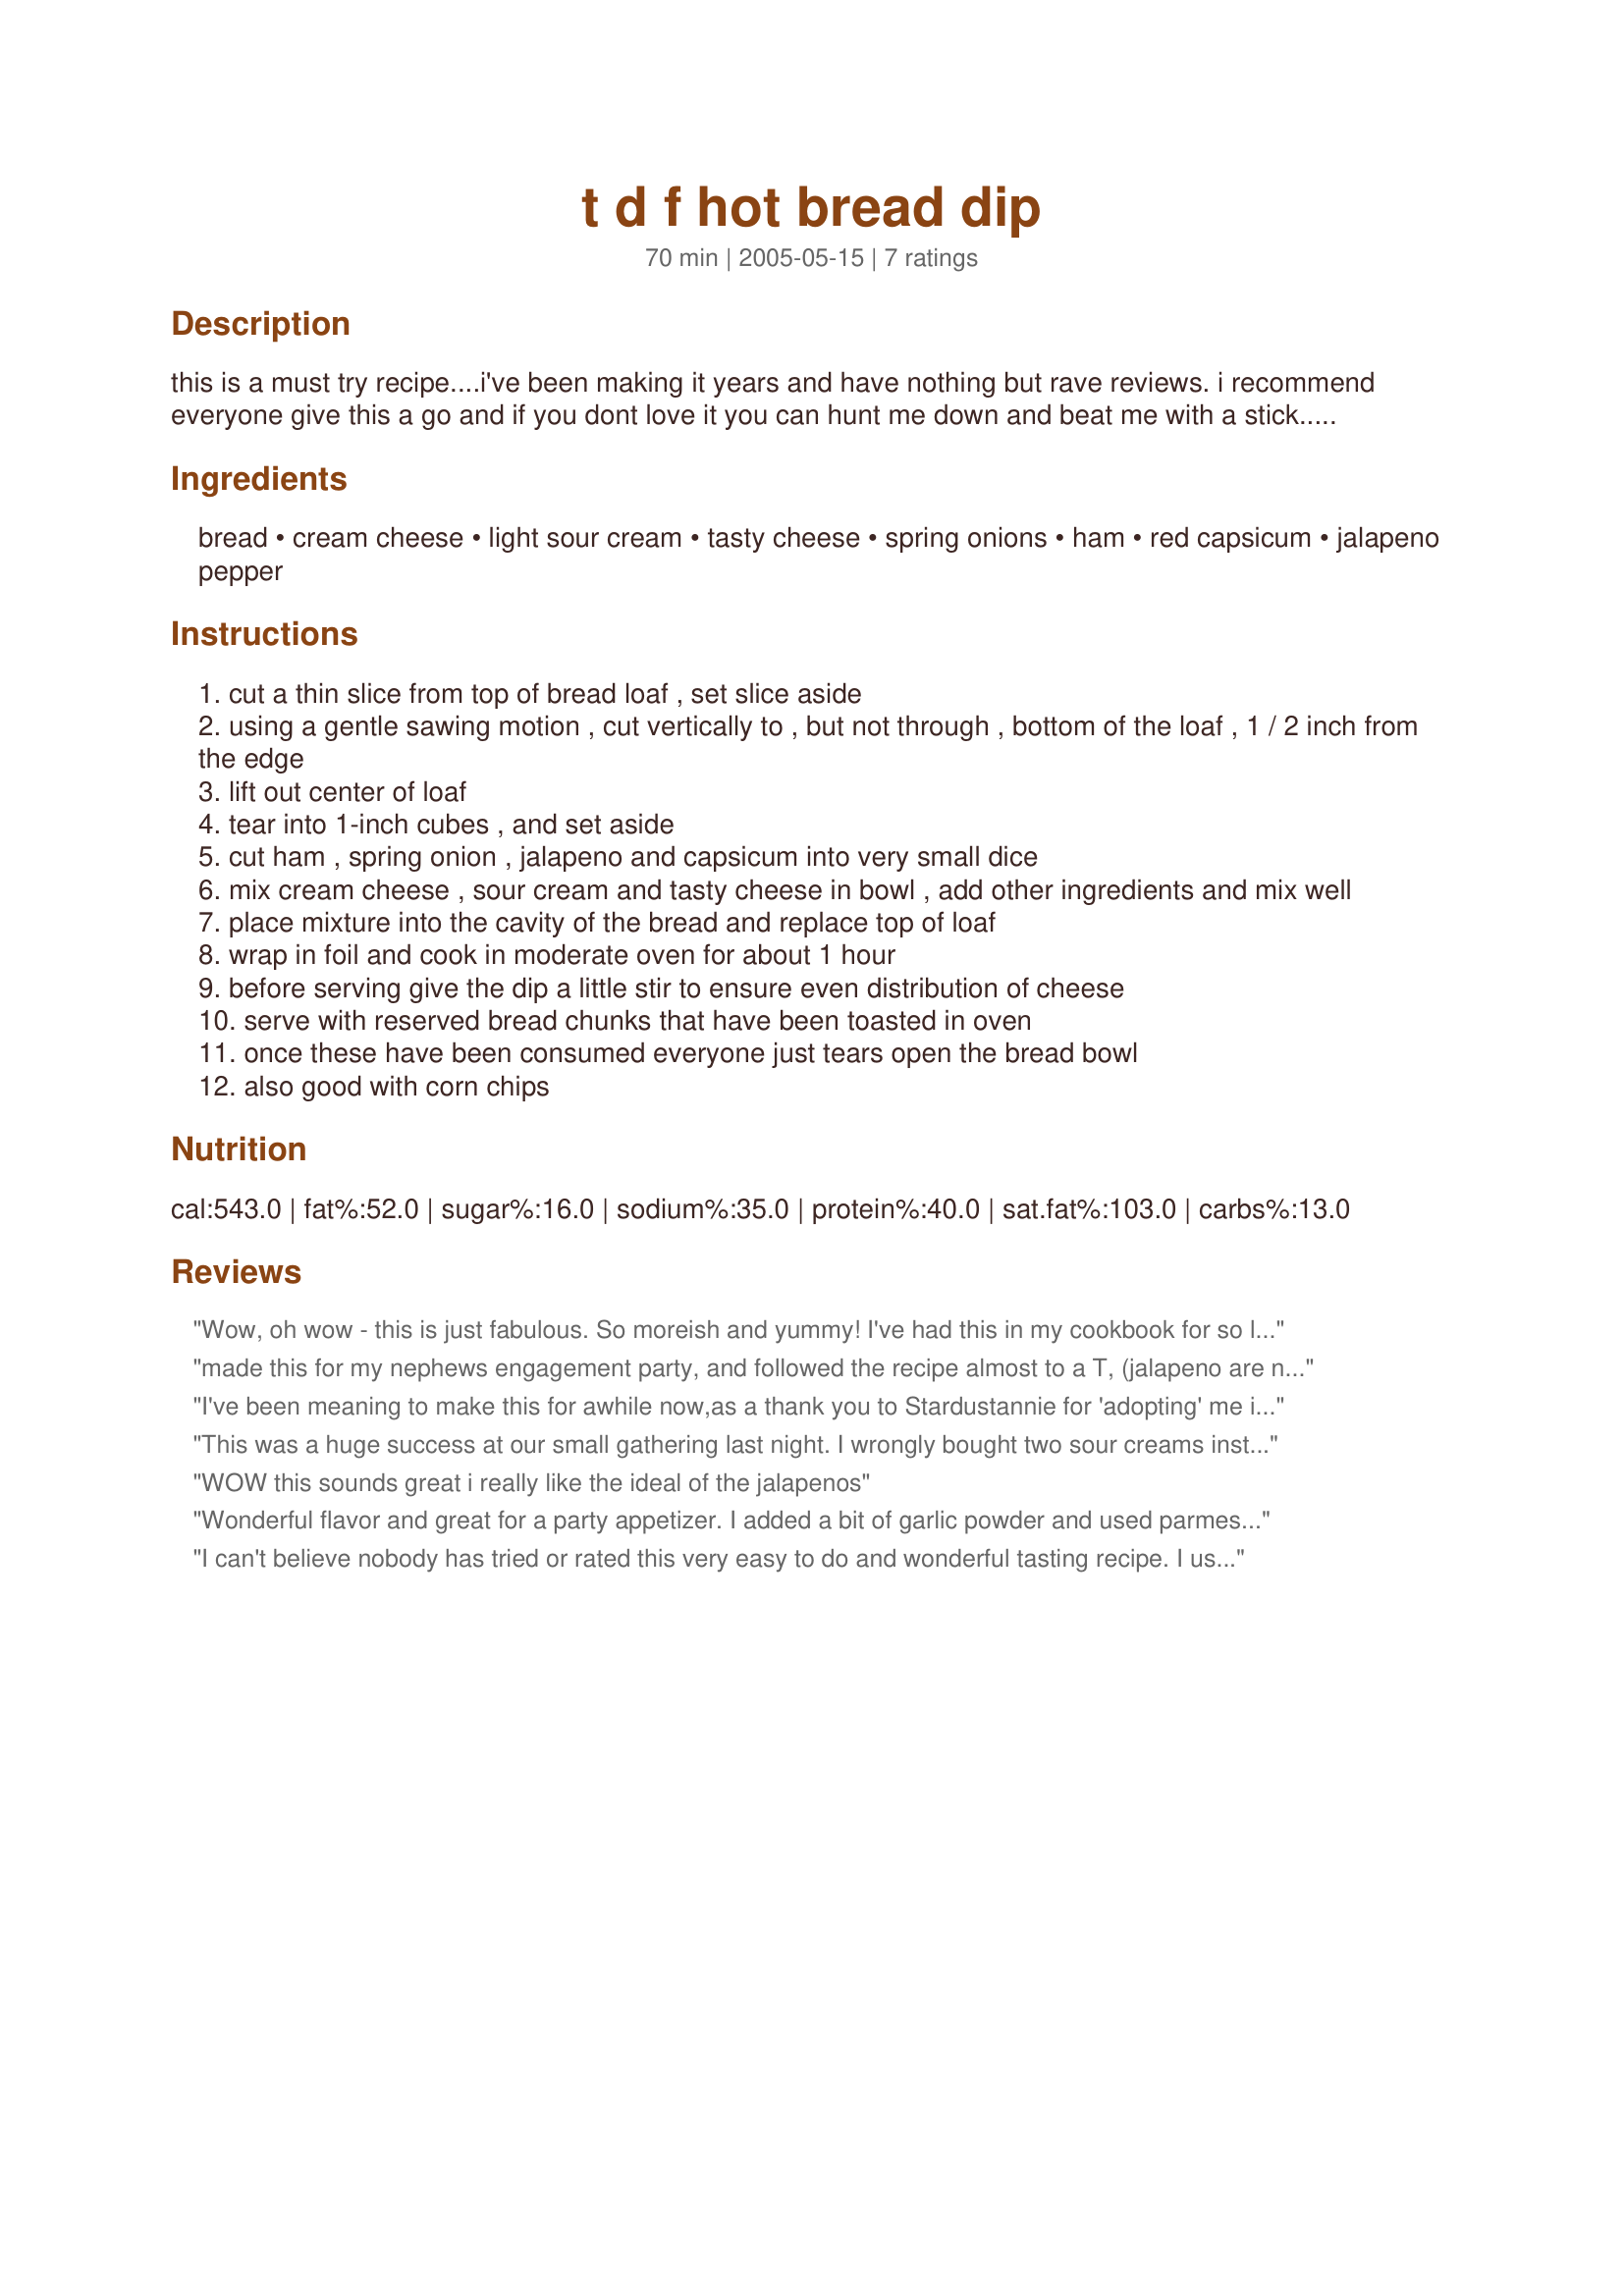
t d f hot bread dip
Preparation time: 70 minutes

this is a must try recipe....i've been making it years and have nothing but rave reviews. i recommend everyone give this a go and if you dont love it you can hunt me down and beat me with a stick...lol

Ingredients:
bread, cream cheese, light sour cream, tasty cheese, spring onions, ham, red capsicum, jalapeno pepper

Steps:
cut a thin slice from top of bread loaf , set slice aside
using a gentle sawing motion , cut vertically to , but not through , bottom of the loaf , 1 / 2 inch from the edge
lift out center of loaf
tear into 1-inch cubes , and set aside
cut ham , spring onion , jalapeno and capsicum into very small dice
mix cream cheese , sour cream and tasty cheese in bowl , add other ingredients and mix well
place mixture into the cavity of the bread and replace top of loaf
wrap in foil and cook in moderate oven for about 1 hour
before serving give the dip a little stir to ensure even distribution of cheese
serve with reserved bread chunks that have been toasted in oven
once these have been consumed everyone just tears open the bread bowl
also good with corn chips

Reviews:
Wow, oh wow - this is just fabulous. So moreish and yummy! I've had this in my cookbook for so long and now I'm kicking myself for not making it sooner. I chopped everything up in my mini food processor. I couldn't get a cobb loaf but it fitted nicely into a Vienna loaf instead. Served with a icy cold beer for Dave and a nice NZ white wine for me. Stardustannie, we won't be beating you with a stick anytime soon!
made this for my nephews engagement party, and followed the recipe almost to a T, (jalapeno are not common here) I added a teaspoon of my home made chili sauce.
turned out very well, also you can make the mixture the day before :)
I've been meaning to make this for awhile now,as a thank you to Stardustannie for 'adopting' me in Spring pac.I wish that I had got around to it a lot sooner.I've had it twice this week already-both times with friends,and top marks were awarded on both occasions.It couldn't be easier to put together,it tastes great,and it looks fab.Thank you stardustannie-it's a winner!!
This was a huge success at our small gathering last night. I wrongly bought two sour creams instead of one cream cheese, but it still worked out, it was just a little runny. I added quite a bit of tabasco, and the pepper I used was called "Mild pepper", jalapeno is hard to find. I also used red onion as I had some to use up. I will make again. Friends said it tasted like a pizza!
WOW this sounds great i really like the ideal of the jalapenos
Wonderful flavor and great for a party appetizer. I added a bit of garlic powder and used parmesan cheese for my choice of cheese. Easy preparation. Prepared for the Edition 8 of Make My Recipe Tag Event.
I can't believe nobody has tried or rated this very easy to do and wonderful tasting recipe. I usually do a spinach dip like this,but this hot dip is awesome.I still like the spinach dip too,but I love this one.Thanks for posting this dip.
Darlene
